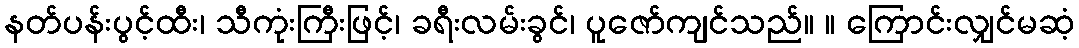
နတ်ပန်းပွင့်ထီး၊ သီကုံးကြီးဖြင့်၊ ခရီးလမ်းခွင်၊ ပူဇော်ကျင်သည်။ ။ ကြောင်းလျှင်မဆံ့